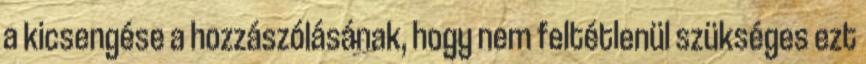
a kicsengése a hozzászólásának, hogy nem feltétlenül szükséges ezt